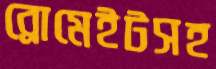
ব্রোমেইটসহ